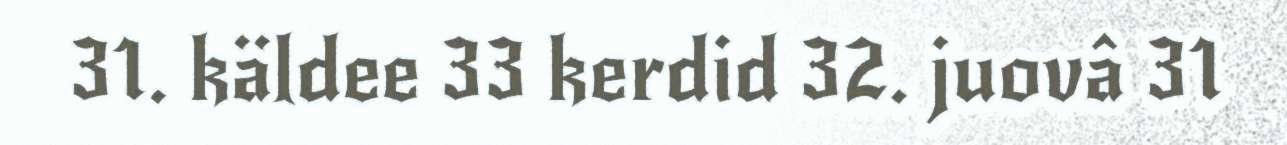
31. käldee 33 kerdid 32. juovâ 31